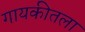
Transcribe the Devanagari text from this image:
गायकीतला